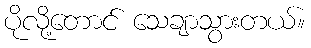
ပိုလို့တောင် သေချာသွားတယ်။